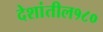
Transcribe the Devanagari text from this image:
देशांतील१८०